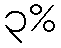
၃%